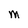
Character: M